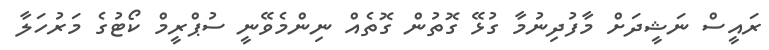
ރައީސް ނަޝީދަށް މާފުދިނުމާ ގުޅޭ ގޮތުން ގޮތެއް ނިންމެވޭނީ ސުޕްރީމް ކޯޓުގެ މަރުހަލާ